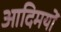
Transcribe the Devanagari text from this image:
आदिमयों